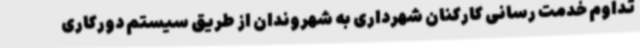
تداوم خدمت رسانی کارکنان شهرداری به شهروندان از طریق سیستم دورکاری